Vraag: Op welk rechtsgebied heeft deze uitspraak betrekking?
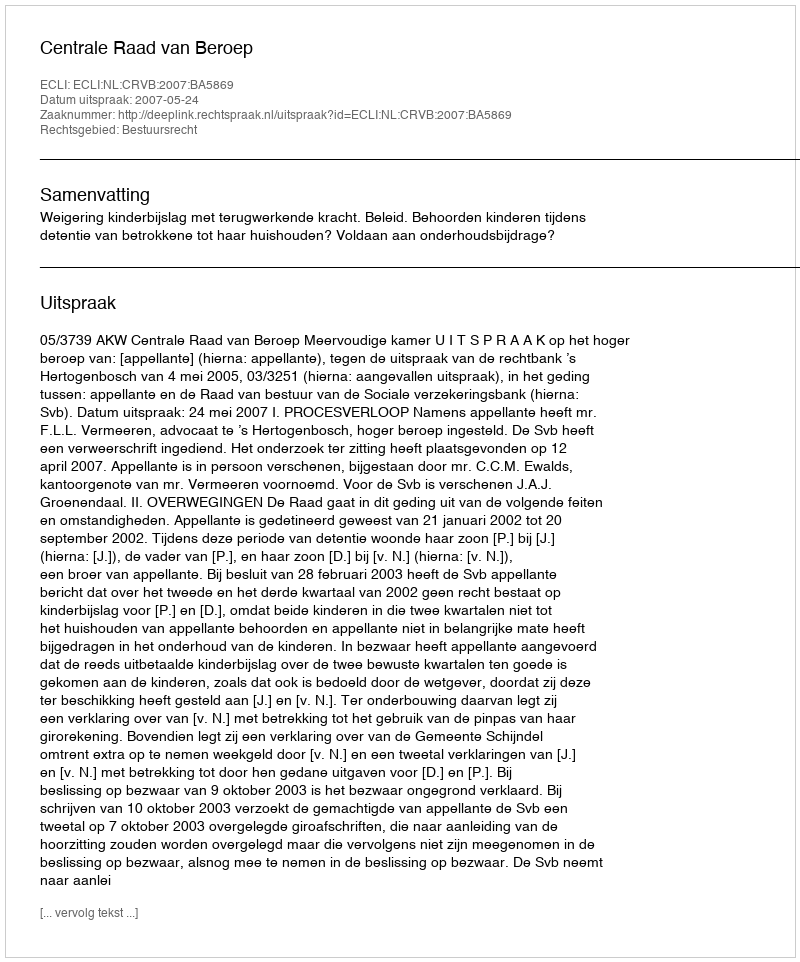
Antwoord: Bestuursrecht